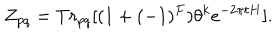
Z _ { p q } = T r _ { p q } [ ( 1 + ( - 1 ) ^ { F } ) \theta ^ { k } e ^ { - 2 \pi t H } ] .